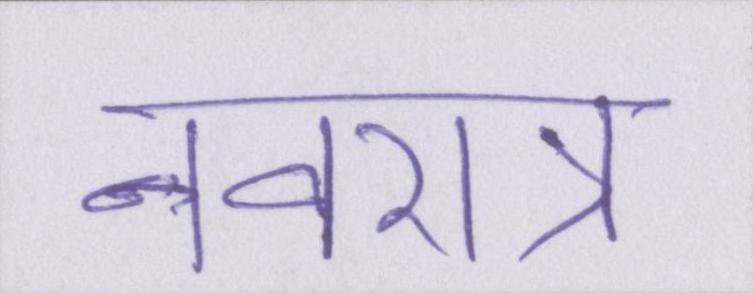
नवरात्र